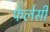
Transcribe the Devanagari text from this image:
फेलेसी